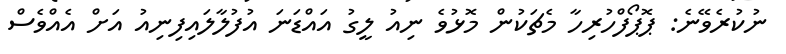
ނުކުރެވޭނެ: ޕޮޕޯފްހުރިހާ މެޗަކުން މޮޅުވެ ނިއު ލީގު އައްޑަނަ އުފުލާލައިފިނިއު އަށް އެއްވެސް